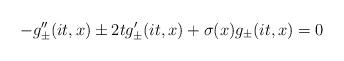
LaTeX: \begin{align*}-g^{\prime\prime}_\pm(it,x) \pm 2tg^\prime_\pm(it,x) +\sigma(x)g_\pm(it,x)=0\end{align*}